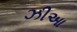
ઝીઆ